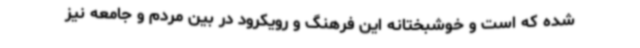
شده که است و خوشبختانه این فرهنگ و رویکرود در بین مردم و جامعه نیز